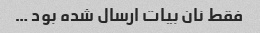
فقط نان بیات ارسال شده بود …